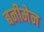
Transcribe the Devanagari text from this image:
बनीमेन